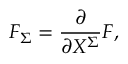
F _ { \Sigma } = { \frac { \partial } { \partial X ^ { \Sigma } } } F ,